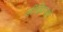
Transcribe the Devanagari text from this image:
डीवियन्सी